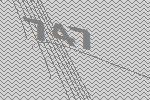
747